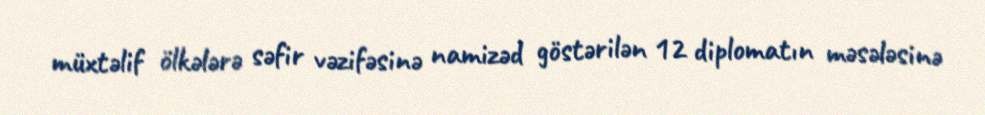
müxtəlif ölkələrə səfir vəzifəsinə namizəd göstərilən 12 diplomatın məsələsinə